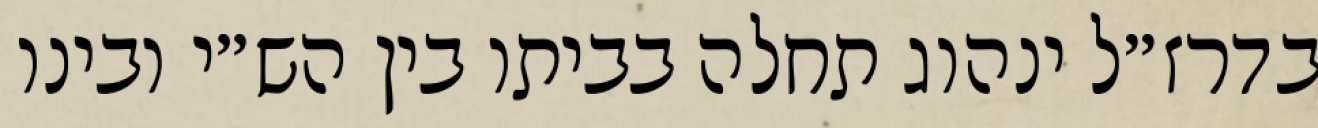
בדרז״ל ינהוג תחלה בביתו בין הש״י ובינו